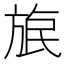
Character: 𣃹